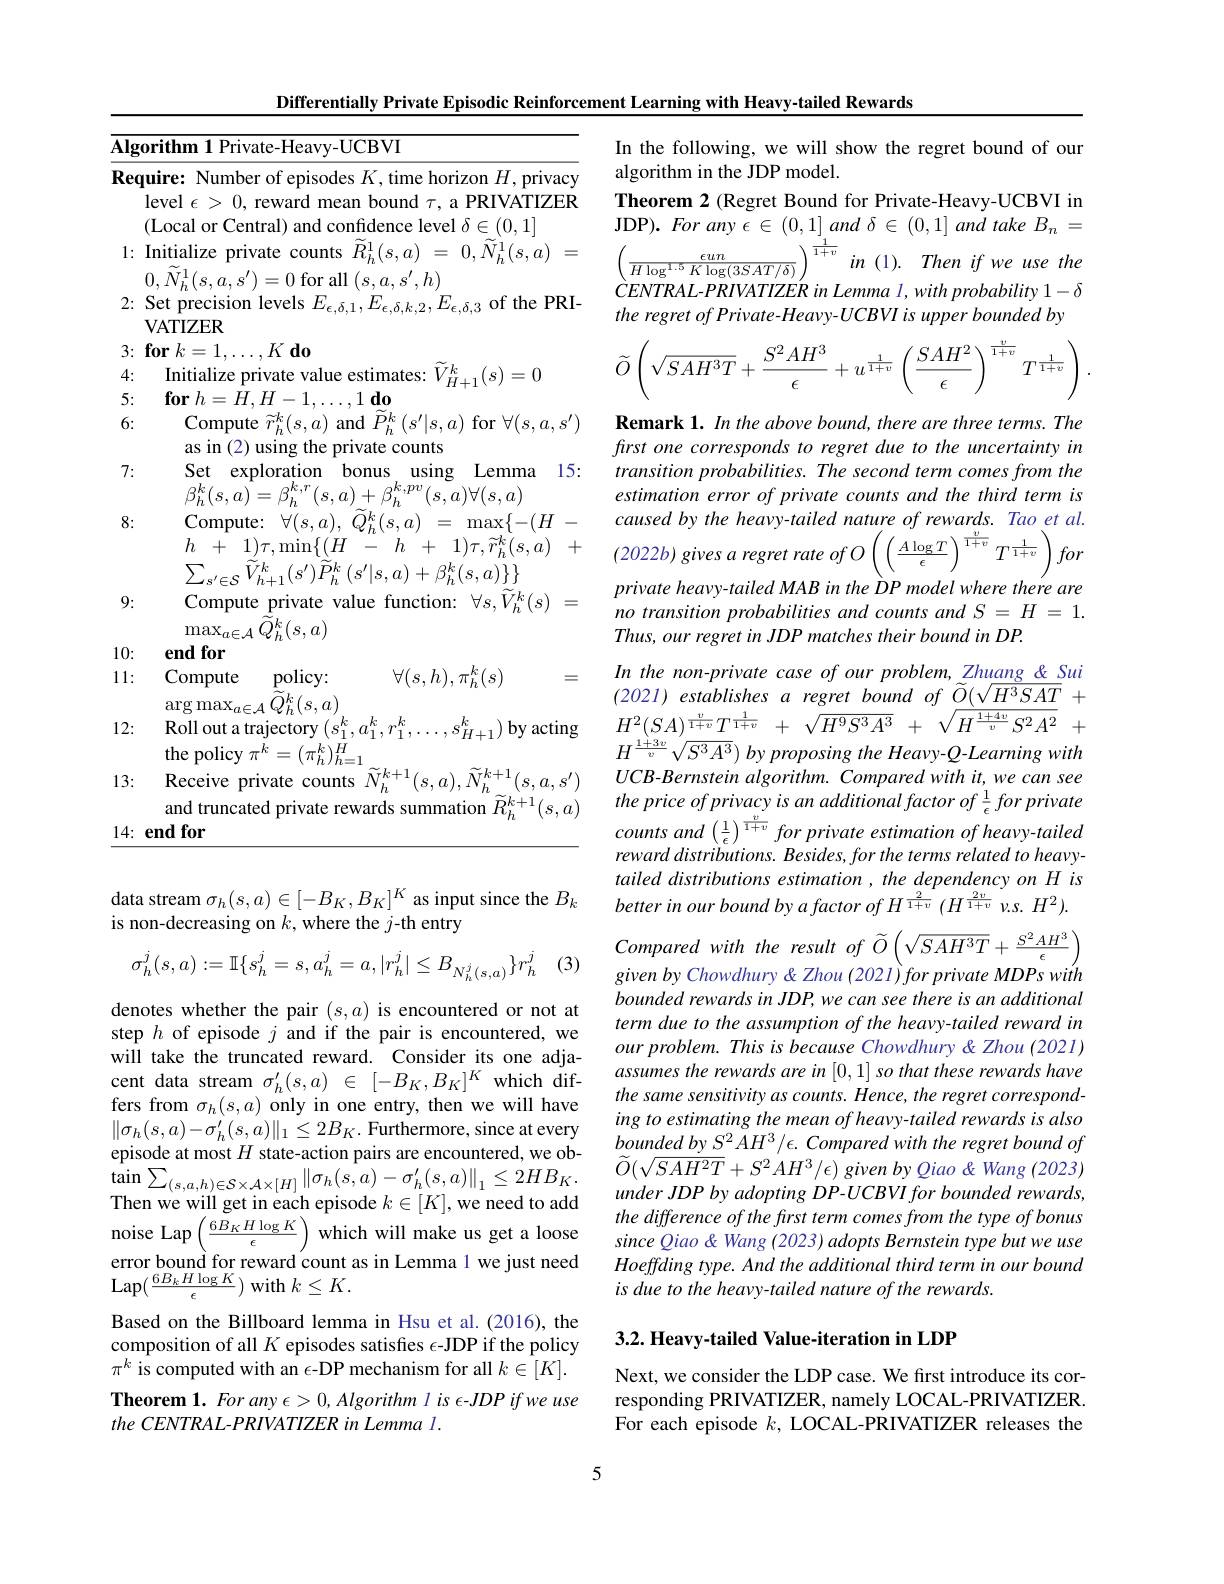
<table>
	<tbody>
		<tr>
			<td>$\overline{\mathbf{Alg}}$</td>
			<td>$\textbf{rithm 1 Private- Heavy- UCBVI}$</td>
		</tr>
		<tr>
			<td>Rec</td>
			<td>uire: Number of episodes $K$, time horizon $H$, privacy level $\epsilon>0$, reward mean bound $\tau$, a PRIVATIZER (Local or Central) and confidence level $\delta\in(0,1]$</td>
		</tr>
		<tr>
			<td>1:</td>
			<td>$h\setminus\partial$, $0,N_{h}^{1}(s,a,s^{\prime})=0$ for all $(s,a,s$ $h$</td>
		</tr>
		<tr>
			<td>$L.$</td>
			<td>VATIZER</td>
		</tr>
		<tr>
			<td>T 1. 1 1 1</td>
			<td>$f0r$ $d0$</td>
		</tr>
		<tr>
			<td>4: T</td>
			<td>$al$</td>
		</tr>
		<tr>
			<td>$N.$ 6:</td>
			<td>${\mathrm{Compute~}}\widetilde{r}_{B}^{k}$ ${\mathfrak{c}}(s,a){\mathrm{~and}}$ $P_{L}^{\kappa}$ </td>
		</tr>
		<tr>
			<td>7:</td>
			<td>Set exploration bonus using Lemma 15</td>
		</tr>
		<tr>
			<td>8:</td>
			<td>Compute: $\nabla(s$, $\max\{-(H)\}$ $[ ) \tau .$mir + $1)\tau,\widetilde{r}_{h}^{k}(s,a)$</td>
		</tr>
		<tr>
			<td>9:</td>
			<td>Compute private value function: $\forall s,V_h^k(s)$ $\dot{\partial}k/s$ $m$</td>
		</tr>
		<tr>
			<td>10:</td>
			<td>end for</td>
		</tr>
		<tr>
			<td>11:</td>
			<td>Compute policy: $\forall(s,h),\pi_{h}^{k}(s)$ aro mn $1k$</td>
		</tr>
		<tr>
			<td>12: T</td>
			<td>Roll out a trajectory $(s_1^k$ $s_{H+1}^{\kappa})$ by acting the policy $\pi^k=(\pi_{h}^{k})_{h-}^{H}$</td>
		</tr>
		<tr>
			<td>13:</td>
			<td>Receive private counts $\tilde{N}_{h}^{k+1}(s,a),i$ $(s,a,s^{\prime})$ and truncated private rewards s summation $Dk+1$</td>
		</tr>
	</tbody>
</table>

Differentially Private Episodic Reinforcement Learning with Heavy-tailed Rewards

data stream $\sigma_h(s,a)\in[-B_K,B_K]^K$ as input since the $B_k$
is non-decreasing on $k$,where the $j$-th entry

(3)
$$\sigma_h^j(s,a):=\mathbb{I}\{s_h^j=s,a_h^j=a,|r_h^j|\leq B_{N_h^j(s,a)}\}r_h^j$$
denotes whether the pair $(s,a)$ is encountered or not at step $h$ of episode $j$ and if the pair is encountered, we will take the truncated reward. Consider its one adjafers from $\sigma_h(s,a)$ only in one entry, then we will have $\|\sigma_{h}(s,a)-\sigma_{h}^{\prime}(s,a)\|_{1}\leq2B_{K}.$ Furthermore, since at every episode at most $H$ state-action pairs are encountered, we ob- ${\tan\sum_{(s,a,h)\in\mathcal{S}\times\mathcal{A}\times[H]}}\left\|\sigma_{h}(s,a)-\sigma_{h}^{\prime}(s,a)\right\|_{1}\leq2HB_{K}.$ ${\mathrm{Thor~}}$ error bound for reward count as in Lemma 1 we just need $\operatorname{Lap}(\frac{6B_{k}H\log K}{\epsilon})$ with $k\leq K.$
Based on the Billboard lemma in Hsu et al.(2016), the composition of all $K$ episodes satisfies $\epsilon$-JDP if the policy $\pi^k$ is computed with an $\epsilon$-DP mechanism for all $k\in[K].$ Theorem 1. For any $\epsilon>0,Algorithm$ l is $\epsilon-JDP$ if we use the CENTRAL-PRIVATIZER in Lemma l.

In the following, we will show the regret bound of our
algorithm in the JDP model.
Theorem 2 (Regret Bound for Private-Heavy-UCBVI in JDP). For any $\epsilon\in(0,1]$ and $\delta\in(0,1]$ and take $B_n=$ $\frac{\epsilon un}{H\log^{1.5}K\log(3SAT/\delta)}\Big)^{\frac{1}{1+v}}in~(1).~Then~if~we~use~the$ $\grave{C}ENTRAL-PRIVATIZERinLemmal,withprobability1-\delta$ the regret of Private- Heavy- UCBVI is upper bounded by
$$\tilde{O}\left(\sqrt{SAH^3T}+\frac{S^2AH^3}{\epsilon}+u^{\frac{1}{1+v}}\left(\frac{SAH^2}{\epsilon}\right)^{\frac{v}{1+v}}T^{\frac{1}{1+v}}\right).$$
Remark 1. In the above bound, there are three terms. The first one corresponds to regret due to the uncertainty in transition probabilities. The second term comes from the estimation error of private counts and the third term is caused by the heavy-tailed nature of rewards. Tao et al. $(2022b)givesaregretrateofO\left(\left(\frac{A\log T}{\epsilon}\right)^{\frac{v}{1+v}}T^{\frac{1}{1+v}}\right)for$ private heavy-tailed MAB in the DP model where there are no transition probabilities and counts and S = H = 1. Thus, our regret in JDP matches their bound in DP.
In the non-private case of our problem, Zhuang & Sui $( 2021) \textit{ establishes a regret bound of }\widetilde{O} ( \sqrt {H^{3}SAT}+$ $H^2( SA) ^{\frac v{1+ v}}T^{\frac 1{1+ v}}$ + $\sqrt {H^9S^3A^3}$ + $\sqrt {H^{\frac {1+ 4v}v}S^2A^2}$ + $H^{\frac{1+3v}{v}}\sqrt{S^{3}A^{3}})$ by proposing the Heavy-Q-Learning with $UCB-Bernsteinalgorithm.Comparedwithit,wecansee$ counts and $\left(\frac1\epsilon\right)^{\frac v{1+v}}$ for private estimation of heavy- tailed reward distributions. Besides, for the terms related to heavytailed distributions estimation , the dependency on H is better in our bound by a factor of H $^{\frac{2}{1+v}}(H^{\frac{2v}{1+v}}$ v.s. $H^2).$ Compared with the result of $\widetilde O\left(\sqrt{SAH^3T}+\frac{S^2AH^3}{\epsilon}\right)$ given by Chowdhury & Zhou (2021)for private MDPs with bounded rewards in JDP, we can see there is an additional term due to the assumption of the heavy-tailed reward in our problem. This is because Chowdhury &Zhou (2021) assumes the rewards are in [0, 1] so that these rewards have the same sensitivity as counts. Hence, the regret corresponding to estimating the mean of heavy- tailed rewards is also $boundedbyS^{2}\bar{AH}^{3}/\epsilon.$ Compared with the regret bound of $\widetilde{O}(\sqrt{SAH^{2}T}+S^{2}AH^{3}/\epsilon)$ given by Qiao & Wang (2023) under JDP by adopting DP-UCBVI for bounded rewards,
Then we will get in each episode $k\in[K]$, we need to add under JDP by adopitng DP- UCBVfor bounded rewards, noise Lap $\left(\frac{6B_KH\log K}\epsilon\right)$ which will make us get a loose since Qiao&Wang (2023) adopts Bernstein type but we use
Hoeffding type. And the additional third term in our bound
is due to the heavy- tailed nature of the rewards.

## 3.2. Heavy-tailed Value-iteration in LDP

Next, we consider the LDP case. We first introduce its corresponding PRIVATIZER, namely LOCAL-PRIVATIZER. For each episode $k$, LOCAL-PRIVATIZER releases the

5